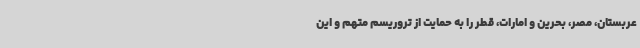
عربستان، مصر، بحرین و امارات، قطر را به حمایت از تروریسم متهم و این